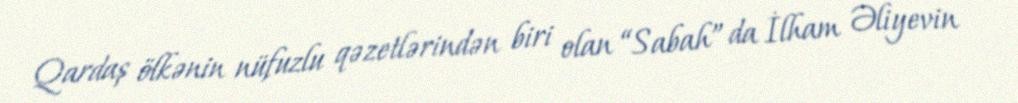
Qardaş ölkənin nüfuzlu qəzetlərindən biri olan “Sabah” da İlham Əliyevin